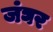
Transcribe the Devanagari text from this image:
जंघर